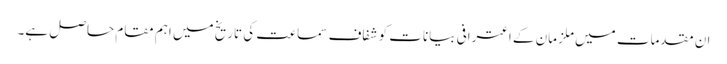
ان مقدمات میں ملزمان کے اعترافی بیانات کو شفاف سماعت کی تاریخ میں اہم مقام حاصل ہے۔